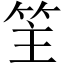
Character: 䇠